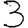
Digit: 3